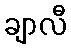
ချာလီ